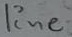
Text: line